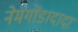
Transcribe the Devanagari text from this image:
नेमगोंडादादा